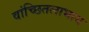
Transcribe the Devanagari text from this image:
वांच्छितलाभाय